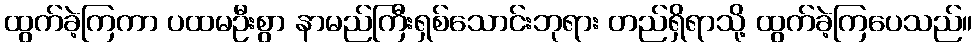
ထွက်ခဲ့ကြကာ ပထမဦးစွာ နာမည်ကြီးရှစ်သောင်းဘုရား တည်ရှိရာသို့ ထွက်ခဲ့ကြပေသည်။